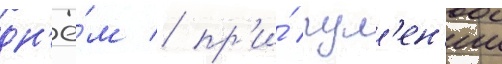
дн'ё́м / пр'и́ рул'ен'ии